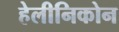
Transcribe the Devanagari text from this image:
हेलीनिकोन